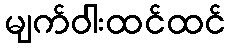
မျက်ဝါးထင်ထင်